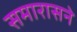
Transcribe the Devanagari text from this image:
समारासने